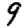
Digit: 9